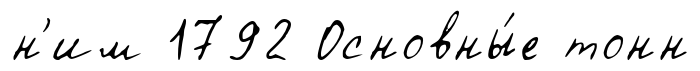
н'им 1792 Основны́е тонн